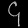
Digit: ၄